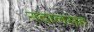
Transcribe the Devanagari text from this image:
नदालसह